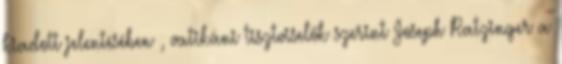
kiadott jelentésében , vatikáni tisztviselők szerint Joseph Ratzinger a